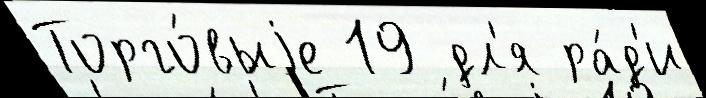
Торго́выjе 19 дл'я ра́д'и